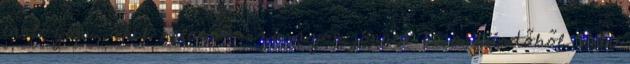
tartozom, akik relatíve szárazon jönnek ki a fürdőből. nem